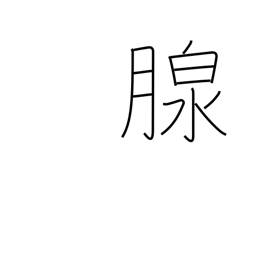
Meaning: gland